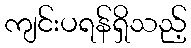
ကျင်းပရန်ရှိသည့်